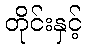
တိုင်းနှင့်